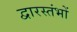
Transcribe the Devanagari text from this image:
द्वारस्तंभों